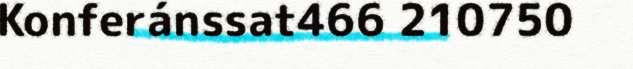
Konferánssat466 210750